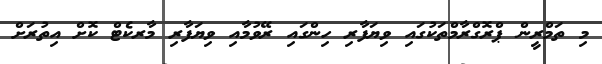
މި ތަމްރީން ޕްރޮގްރާމްތަކުގައި ވިޔަފާރި ހިންގައި ރޭވުމާއި ވިޔަފާރި މާރކެޓް ކޮށް އިތުރަށް